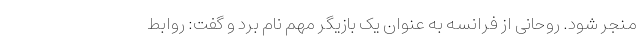
منجر شود. روحانی از فرانسه به عنوان یک بازیگر مهم نام برد و گفت: روابط